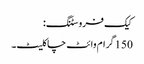
کیک فروسٹنگ:
150 گرام وائٹ چاکلیٹ۔